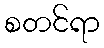
စတင်ရာ